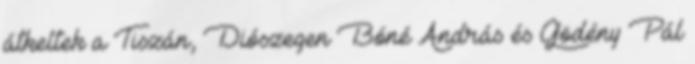
átkeltek a Tiszán, Diószegen Bóné András és Gödény Pál